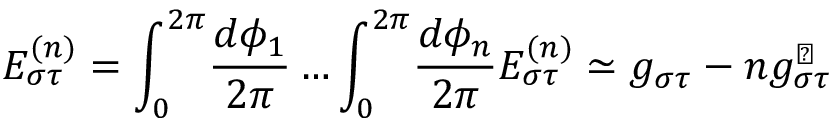
E _ { \sigma \tau } ^ { ( n ) } = \int _ { 0 } ^ { 2 \pi } \! \frac { d \phi _ { 1 } } { 2 \pi } \ldots \int _ { 0 } ^ { 2 \pi } \! \frac { d \phi _ { n } } { 2 \pi } { \cal E } _ { \sigma \tau } ^ { ( n ) } \simeq g _ { \sigma \tau } - n g _ { \sigma \tau } ^ { \perp }